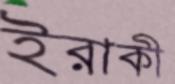
ইরাকী